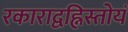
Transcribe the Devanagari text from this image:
रकाराद्वह्निस्तोयं